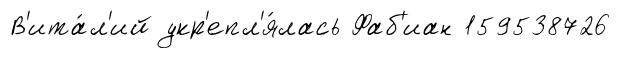
В'ита́л'ий укр'епл'я́лась Фаб'иан 159538726